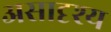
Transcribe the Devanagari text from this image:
असादृश्य